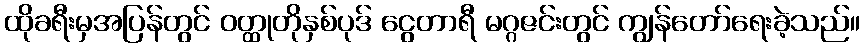
ထိုခရီးမှအပြန်တွင် ဝတ္ထုတိုနှစ်ပုဒ် ငွေတာရီ မဂ္ဂဇင်းတွင် ကျွန်တော်ရေးခဲ့သည်။